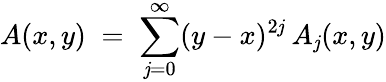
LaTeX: A(x,y)\; =\; \sum_{\mathit{j}=0}^{\infty}(y-x)^{2\mathit{j}}\: A_{\mathit{j}}(x,y)